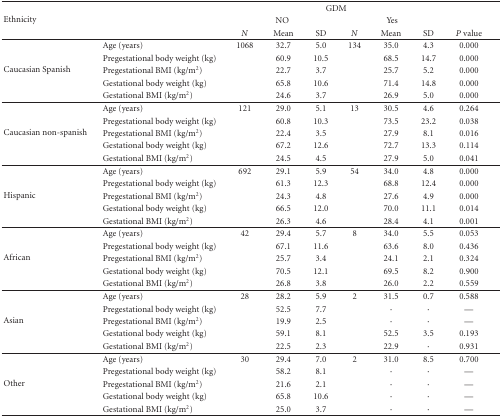
<table><thead><tr><td rowspan="3"><b>Ethnicity</b></td><td rowspan="3"></td><td colspan="6"><b>GDM</b></td><td rowspan="2"></td></tr><tr><td colspan="3"><b>NO</b></td><td colspan="3"><b>Yes</b></td></tr><tr><td><b><i>N</i></b></td><td><b>Mean</b></td><td><b>SD</b></td><td><b><i>N</i></b></td><td><b>Mean</b></td><td><b>SD</b></td><td><b><i>P</i> value</b></td></tr></thead><tbody><tr><td rowspan="5">Caucasian Spanish</td><td>Age (years)</td><td>1068</td><td>32.7</td><td>5.0</td><td>134</td><td>35.0</td><td>4.3</td><td>0.000</td></tr><tr><td>Pregestational body weight (kg)</td><td></td><td>60.9</td><td>10.5</td><td></td><td>68.5</td><td>14.7</td><td>0.000</td></tr><tr><td>Pregestational BMI (kg/m<sup>2</sup>)</td><td></td><td>22.7</td><td>3.7</td><td></td><td>25.7</td><td>5.2</td><td>0.000</td></tr><tr><td>Gestational body weight (kg)</td><td></td><td>65.8</td><td>10.6</td><td></td><td>71.4</td><td>14.8</td><td>0.000</td></tr><tr><td>Gestational BMI (kg/m<sup>2</sup>)</td><td></td><td>24.6</td><td>3.7</td><td></td><td>26.9</td><td>5.0</td><td>0.000</td></tr><tr><td rowspan="5">Caucasian non-spanish</td><td>Age (years)</td><td>121</td><td>29.0</td><td>5.1</td><td>13</td><td>30.5</td><td>4.6</td><td>0.264</td></tr><tr><td>Pregestational body weight (kg)</td><td></td><td>60.8</td><td>10.3</td><td></td><td>73.5</td><td>23.2</td><td>0.038</td></tr><tr><td>Pregestational BMI (kg/m<sup>2</sup>)</td><td></td><td>22.4</td><td>3.5</td><td></td><td>27.9</td><td>8.1</td><td>0.016</td></tr><tr><td>Gestational body weight (kg)</td><td></td><td>67.2</td><td>12.6</td><td></td><td>72.7</td><td>13.3</td><td>0.114</td></tr><tr><td>Gestational BMI (kg/m<sup>2</sup>)</td><td></td><td>24.5</td><td>4.5</td><td></td><td>27.9</td><td>5.0</td><td>0.041</td></tr><tr><td rowspan="5">Hispanic</td><td>Age (years)</td><td>692</td><td>29.1</td><td>5.9</td><td>54</td><td>34.0</td><td>4.8</td><td>0.000</td></tr><tr><td>Pregestational body weight (kg)</td><td></td><td>61.3</td><td>12.3</td><td></td><td>68.8</td><td>12.4</td><td>0.000</td></tr><tr><td>Pregestational BMI (kg/m<sup>2</sup>)</td><td></td><td>24.3</td><td>4.8</td><td></td><td>27.6</td><td>4.9</td><td>0.000</td></tr><tr><td>Gestational body weight (kg)</td><td></td><td>66.5</td><td>12.0</td><td></td><td>70.0</td><td>11.1</td><td>0.014</td></tr><tr><td>Gestational BMI (kg/m<sup>2</sup>)</td><td></td><td>26.3</td><td>4.6</td><td></td><td>28.4</td><td>4.1</td><td>0.001</td></tr><tr><td rowspan="5">African</td><td>Age (years)</td><td>42</td><td>29.4</td><td>5.7</td><td>8</td><td>34.0</td><td>5.5</td><td>0.053</td></tr><tr><td>Pregestational body weight (kg)</td><td></td><td>67.1</td><td>11.6</td><td></td><td>63.6</td><td>8.0</td><td>0.436</td></tr><tr><td>Pregestational BMI (kg/m<sup>2</sup>)</td><td></td><td>25.7</td><td>3.4</td><td></td><td>24.1</td><td>2.1</td><td>0.324</td></tr><tr><td>Gestational body weight (kg)</td><td></td><td>70.5</td><td>12.1</td><td></td><td>69.5</td><td>8.2</td><td>0.900</td></tr><tr><td>Gestational BMI (kg/m<sup>2</sup>)</td><td></td><td>26.8</td><td>3.8</td><td></td><td>26.0</td><td>2.2</td><td>0.559</td></tr><tr><td rowspan="5">Asian</td><td>Age (years)</td><td>28</td><td>28.2</td><td>5.9</td><td>2</td><td>31.5</td><td>0.7</td><td>0.588</td></tr><tr><td>Pregestational body weight (kg)</td><td></td><td>52.5</td><td>7.7</td><td></td><td>·</td><td>·</td><td>—</td></tr><tr><td>Pregestational BMI (kg/m<sup>2</sup>)</td><td></td><td>19.9</td><td>2.5</td><td></td><td>·</td><td>·</td><td>—</td></tr><tr><td>Gestational body weight (kg)</td><td></td><td>59.1</td><td>8.1</td><td></td><td>52.5</td><td>3.5</td><td>0.193</td></tr><tr><td>Gestational BMI (kg/m<sup>2</sup>)</td><td></td><td>22.5</td><td>2.3</td><td></td><td>22.9</td><td>·</td><td>0.931</td></tr><tr><td rowspan="5">Other</td><td>Age (years)</td><td>30</td><td>29.4</td><td>7.0</td><td>2</td><td>31.0</td><td>8.5</td><td>0.700</td></tr><tr><td>Pregestational body weight (kg)</td><td></td><td>58.2</td><td>8.1</td><td></td><td>·</td><td>·</td><td>—</td></tr><tr><td>Pregestational BMI (kg/m<sup>2</sup>)</td><td></td><td>21.6</td><td>2.1</td><td></td><td>·</td><td>·</td><td>—</td></tr><tr><td>Gestational body weight (kg)</td><td></td><td>65.8</td><td>10.6</td><td></td><td>·</td><td>·</td><td>—</td></tr><tr><td>Gestational BMI (kg/m<sup>2</sup>)</td><td></td><td>25.0</td><td>3.7</td><td></td><td>·</td><td>·</td><td>—</td></tr></tbody></table>